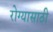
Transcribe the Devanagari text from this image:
रोग्यासाठी